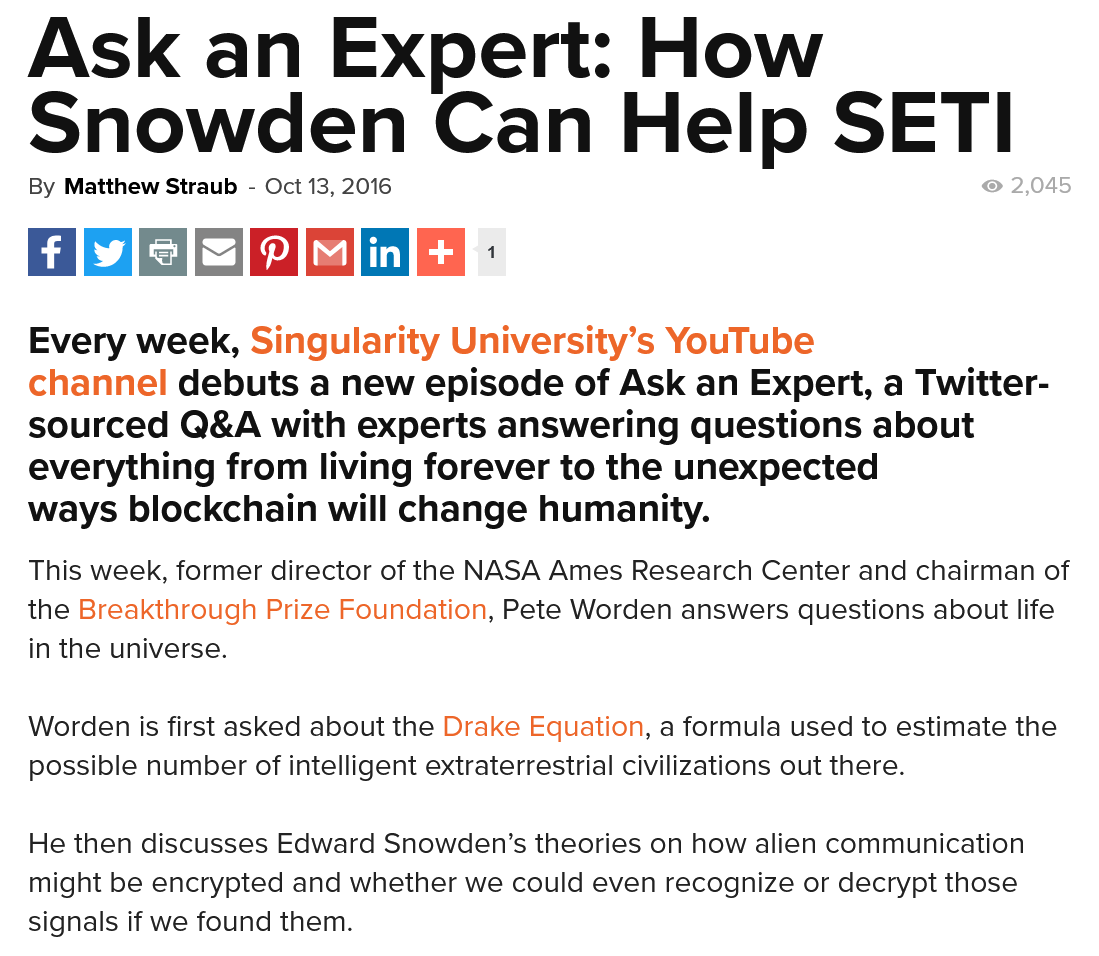
Ask    an    Expert:    How
  Snowden    Can    Help    SETI
   a    tole
  Every  week, Singularity    University’s YouTube
  channel   debuts   a new  episode of  Ask  an  Expert, a Twitter-
  sourced   Q&A   with  experts  answering   questions   about
  everything   from  living forever  to the unexpected
  ways blockchain    will change  humanity.
  This week, former director of the NASA Ames Research Center and chairman of
  the Breakthrough Prize Foundation, Pete Worden answers questions about life
  in the universe.
  Worden is first asked about the Drake Equation, a formula used to estimate the
  possible number of intelligent extraterrestrial civilizations out there.
  He then discusses Edward Snowden’s theories on how alien communication
  might be encrypted and whether we could even recognize or decrypt those
  signals if we found them.